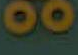
00